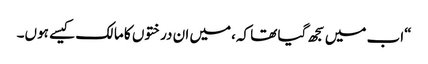
“اب میں سجھ گیا تھا کہ،میں ان درختوں کا مالک کیسے ہوں۔